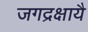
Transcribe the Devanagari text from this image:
जगद्रक्षायै